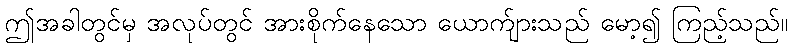
ဤအခါတွင်မှ အလုပ်တွင် အားစိုက်နေသော ယောက်ျားသည် မော့၍ ကြည့်သည်။